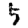
Digit: 5